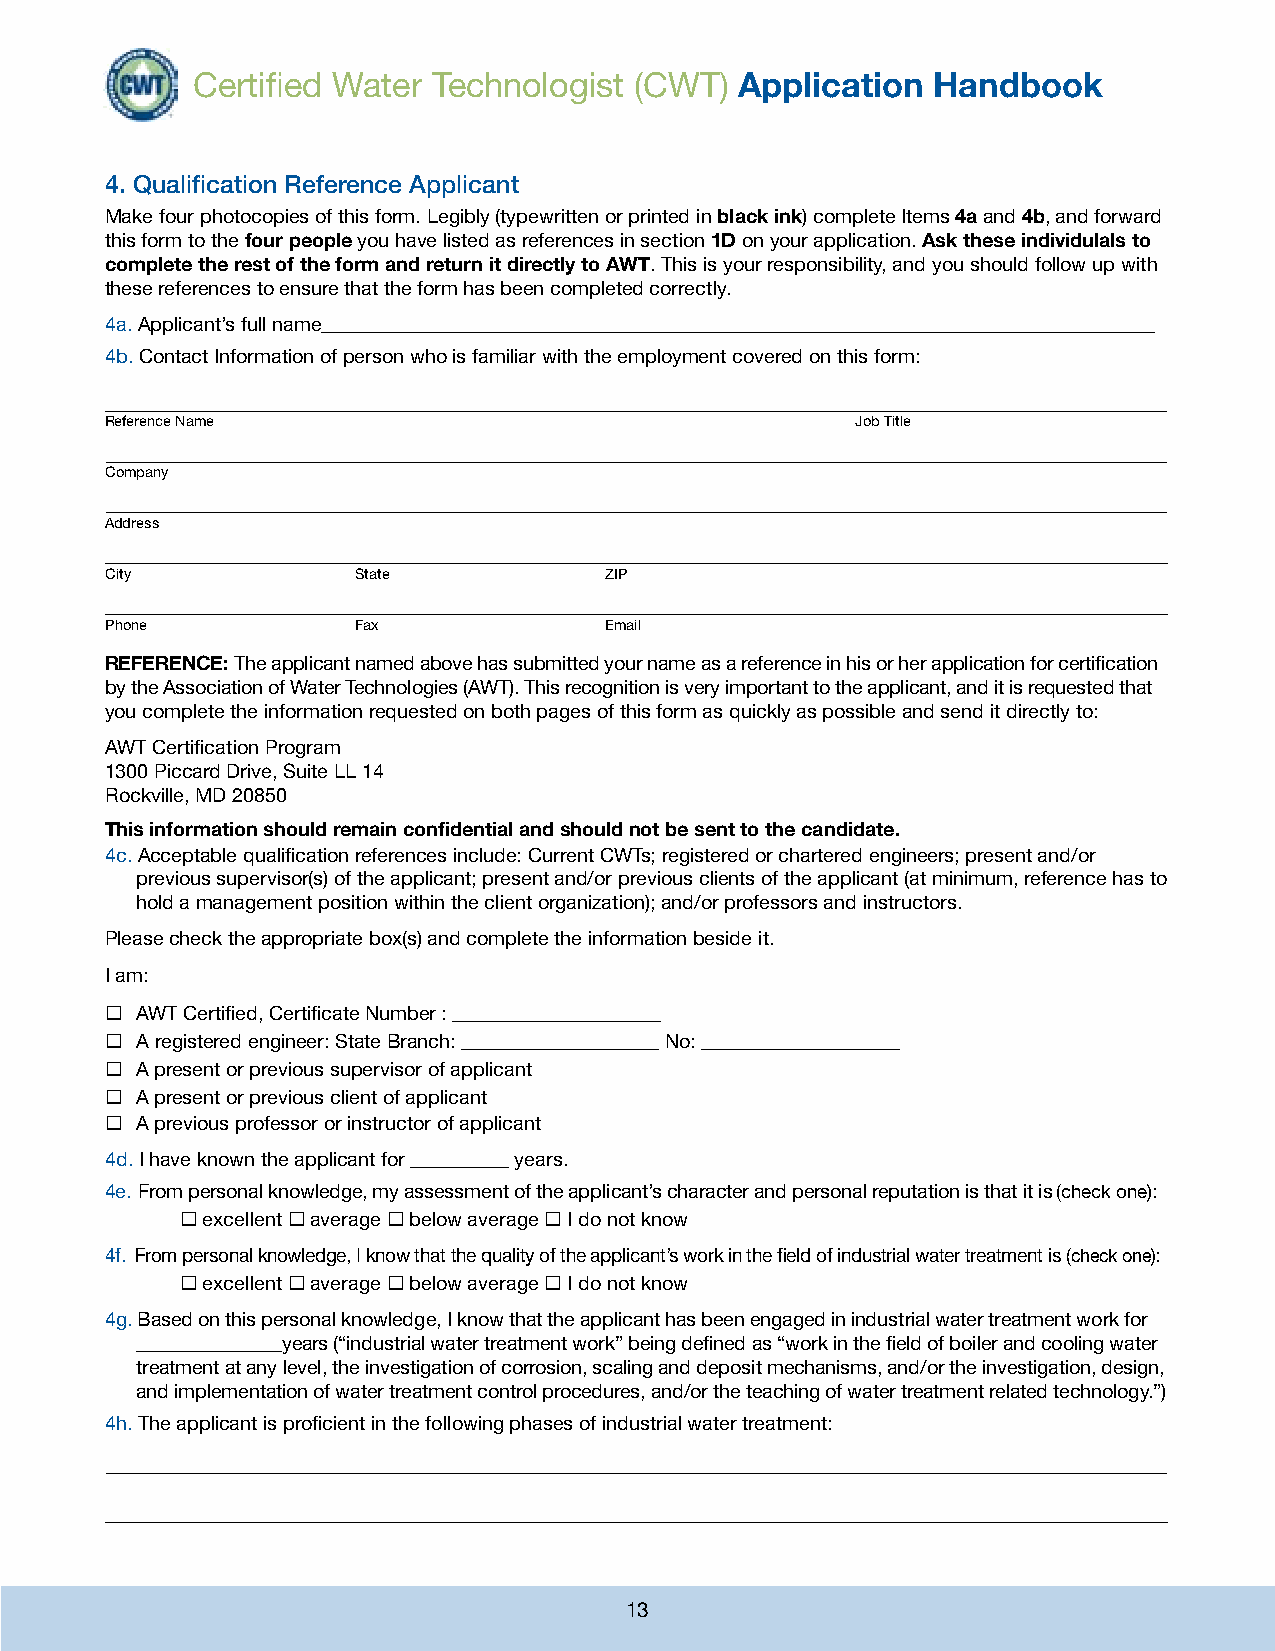
Certified Water Technologist (CWT)
 Application  Handbook
 4. Qualification Reference Applicant
 Make four photocopies of this form. Legibly (typewritten or printed in black ink) complete Items 4a and 4b, and forward
 this form to the four people you have listed as references in section 1D on your application. Ask these individulals to
 complete the rest of the form and return it directly to AWT. This is your responsibility, and you should follow up with
 these references to ensure that the form has been completed correctly.
 4a. Applicant’s full name
 4b. Contact Information of person who is familiar with the employment covered on this form:
 Reference Name                                    Job Title
 Company
 Address
 City             State           ZIP
 Phone            Fax             Email
 REFERENCE: The applicant named above has submitted your name as a reference in his or her application for certification
 by the Association of Water Technologies (AWT). This recognition is very important to the applicant, and it is requested that
 you complete the information requested on both pages of this form as quickly as possible and send it directly to:
 AWT Certification Program
 1300 Piccard Drive, Suite LL 14
 Rockville, MD 20850
 This information should remain confidential and should not be sent to the candidate.
 4c. Acceptable qualification references include: Current CWTs; registered or chartered engineers; present and/or
 previous supervisor(s) of the applicant; present and/or previous clients of the applicant (at minimum, reference has to
 hold a management position within the client organization); and/or professors and instructors.
 Please check the appropriate box(s) and complete the information beside it.
 I am:
  AWT Certified, Certificate Number : _____________________
  A registered engineer: State Branch: ____________________ No: ____________________
  A present or previous supervisor of applicant
  A present or previous client of applicant
  A previous professor or instructor of applicant
 4d. I have known the applicant for __________ years.
 4e. From personal knowledge, my assessment of the applicant’s character and personal reputation is that it is (check one):
  excellent  average  below average  I do not know
 4f. From personal knowledge, I know that the quality of the applicant’s work in the field of industrial water treatment is (check one):
  excellent  average  below average  I do not know
 4g. Based on this personal knowledge, I know that the applicant has been engaged in industrial water treatment work for
 _______________years (“industrial water treatment work” being defined as “work in the field of boiler and cooling water
 treatment at any level, the investigation of corrosion, scaling and deposit mechanisms, and/or the investigation, design,
 and implementation of water treatment control procedures, and/or the teaching of water treatment related technology.”)
 4h. The applicant is proficient in the following phases of industrial water treatment:
 13